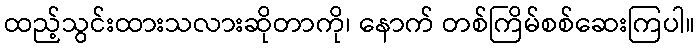
ထည့်သွင်းထားသလားဆိုတာကို၊ နောက် တစ်ကြိမ်စစ်ဆေးကြပါ။